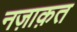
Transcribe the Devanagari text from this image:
नज़ाक़त